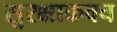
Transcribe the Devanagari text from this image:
सुरक्षाकवच